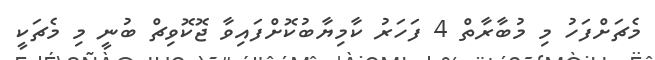
މެޗަށްފަހު މި މުބާރާތް 4 ފަހަރު ކާމިޔާބުކޮށްފައިވާ ޖޮކޮވިޗް ބުނީ މި މެޗަކީ